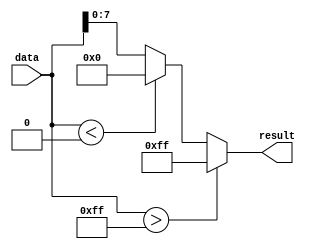
`timescale 1ns / 1ps

module MAC_Normalize
(
    input signed [15:0] data,
    output reg [7:0] result
);

    always @ *
    begin
        if(data > 255)
            result = 255;
        else if(data < 0)
            result = 0;
        else
            result = data;
    end 
endmodule